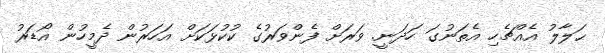
ޙަލާލު އެއްޗެހި އެތަނުގަ ހަދަނީ. ވަރަށް ފެންވަރުގެ ކުކުޅަކަށް އަހަރުން ދެމީހުން އޯޑަރު